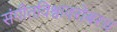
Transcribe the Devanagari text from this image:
संगीतविश्वावरोबरच